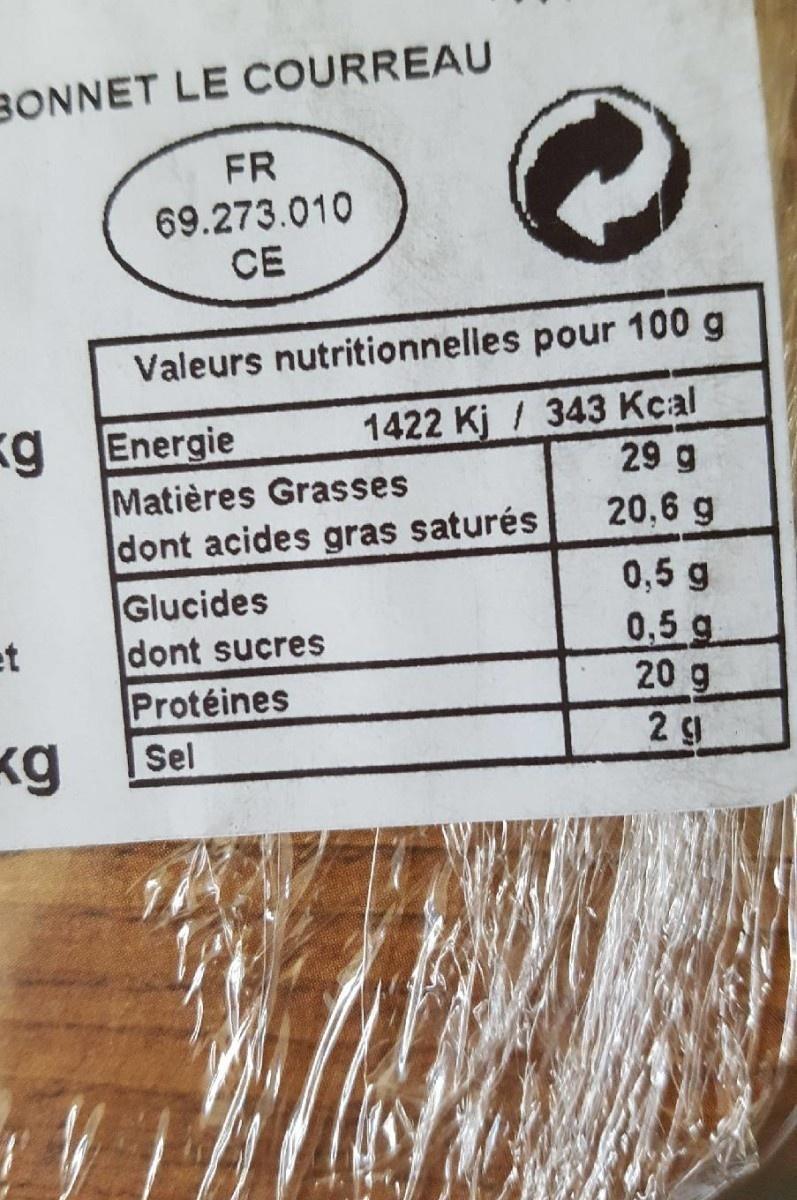
BONNET LE COURREAU FR 69.273.010 CE 100 g Valeurs nutritionnelles pour g Energie 1422 Kj / 343 Kcal 29 g Matières Grasses dont acides gras saturés 20,6 g Glucides dont sucres 0,5 g 0,5 g 20 g Protéines кg Sel